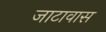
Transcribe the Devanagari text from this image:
जाटावास